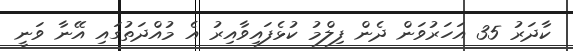
ކާދަރު 35 އަހަރުވަން ދެން ފިލްމު ކުޅެފައިވާއިރު އެ މުއްދަތުގައި އޭނާ ވަނީ